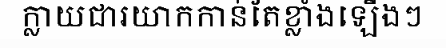
ក្លាយជារយាកកាន់តែខ្លាំងឡើងៗ